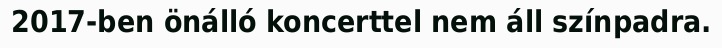
2017-ben önálló koncerttel nem áll színpadra.